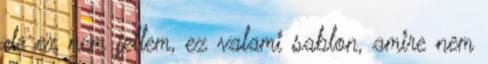
de ez nem jellem, ez valami sablon, amire nem